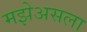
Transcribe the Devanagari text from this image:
मझेअसला